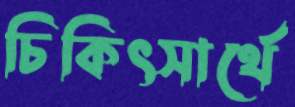
চিকিৎসার্থে